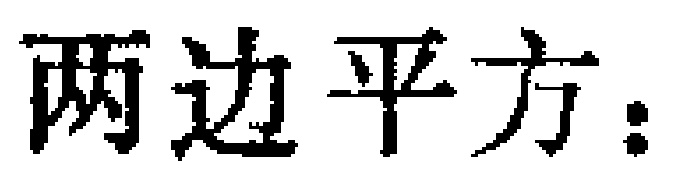
两边平方：